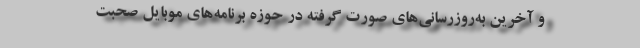
و آخرین به‌روزرسانی‌های صورت گرفته در حوزه برنامه‌های موبایل صحبت